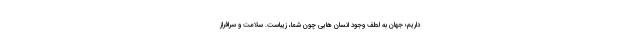
داریم؛ جهان به لطف وجود انسان هایی چون شما، زیباست. سلامت و سرافراز